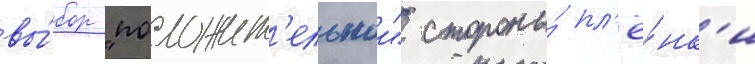
вы́бор "положит'ельнои" стороны́ пл'ё́нк'и